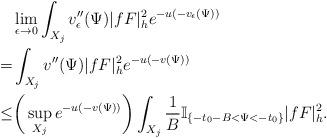
LaTeX: \begin{align*}&\lim_{\epsilon\to 0}\int_{X_j}v''_{\epsilon}(\Psi)|fF|^2_{h} e^{-u(-v_{\epsilon}(\Psi))}\\=&\int_{X_j}v''(\Psi)|fF|^2_h e^{-u(-v(\Psi))}\\\le&\bigg(\sup_{X_j}e^{-u(-v(\Psi))}\bigg)\int_{X_j}\frac{1}{B}\mathbb{I}_{\{-t_0-B<\Psi<-t_0\}} |fF|^2_h.\end{align*}